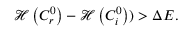
\mathscr { H } \left( { C } _ { r } ^ { 0 } \right) - \mathscr { H } \left( { C } _ { i } ^ { 0 } \right) ) > \Delta E .